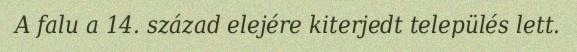
A falu a 14. század elejére kiterjedt település lett.